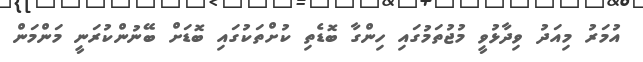
އުމަރު މިއަދު ވިދާޅުވީ މުޖުތަމުގައި ހިންގާ ބޮޑެތި ކުށްތަކުގައި ބޮޑަށް ބޭނުންކުރަނީ މަންމަން